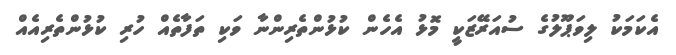
އެކަމަކު ލިވަޕޫލުގެ ސުއަރޭޒަކީ މޮޅު އެހެން ކުޅުންތެރިންނާ ވަކި ތަފާތެއް ހުރި ކުޅުންތެރިއެއް